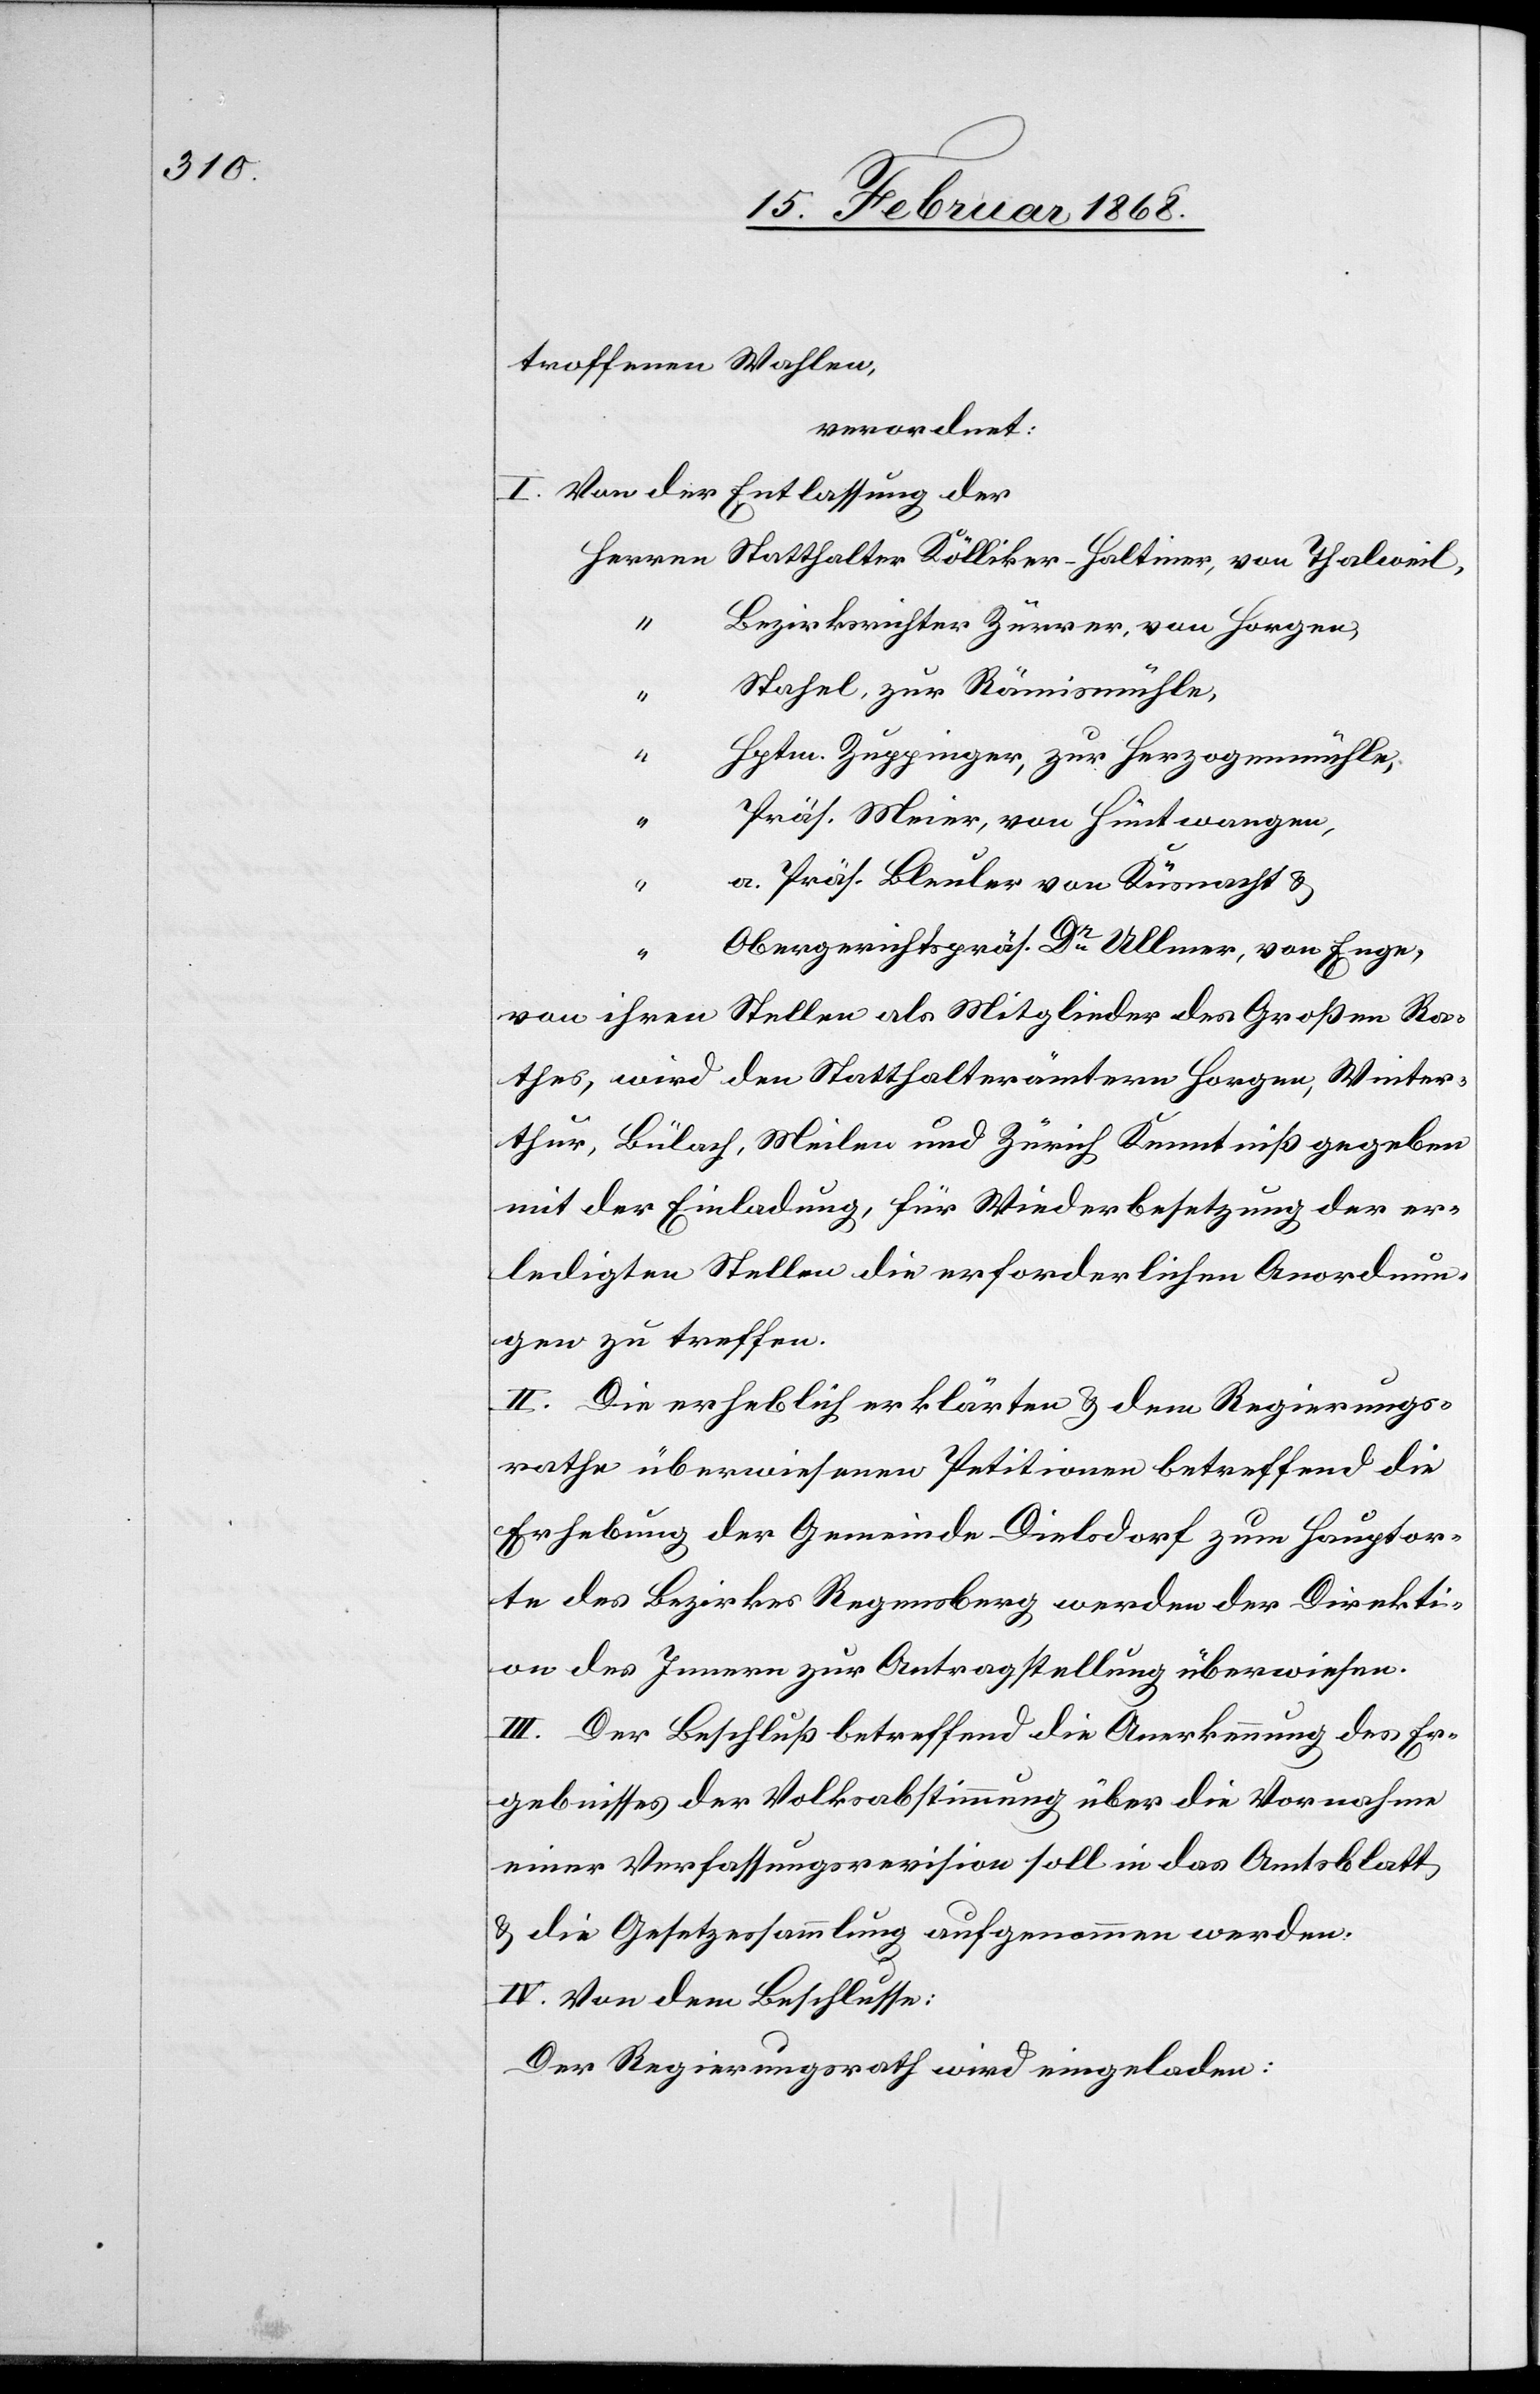
troffenen Wahlen,
verordnet:
I. Von der Entlassung der
Bezirksrichter Zürrer, von Horgen,
Stahel, zur Rämismühle,
Hptm. Zuppinger, zur Herzogenmühle,
Präs. Meier, von Hüntwangen,
a. Präs. Bleuler von Küsnacht &
“
Obergerichtspräs. Dr. Ullmer, von Enge,
von ihren Stellen als Mitglieder des Großen Ra¬
thes, wird den Statthalterämtern Horgen, Winter¬
thur, Bülach, Meilen und Zürich Kenntniß gegeben
mit der Einladung, für Wiederbesetzung der er¬
ledigten Stellen die erforderlichen Anordnun¬
gen zu treffen.
II. Die erheblich erklärten & dem Regierungs¬
rathe überwiesenen Petitionen betreffend die
Erhebung der Gemeinde Dielsdorf zum Hauptor¬
te des Bezirkes Regensberg werden der Direkti¬
on des Innern zur Antragstellung überwiesen.
III. Der Beschluß betreffend die Anerkennung des Er¬
gebnisses der Volksabstimmung über die Vornahme
einer Verfassungsrevision soll in das Amtsblatt
& die Gesetzessammlung aufgenommen werden.
IV. Von dem Beschlusse:
Der Regierungsrath wird eingeladen: